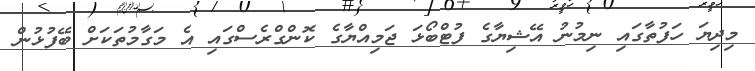
މިދިޔަ ހަފުތާގައި ނިމުނު އޭޝިޔާގެ ފުޓްބޯޅަ ޖަމިއްޔާގެ ކޮންގްރެސްގައި އެ މަގާމުތަކަށް ބޭފުޅުން